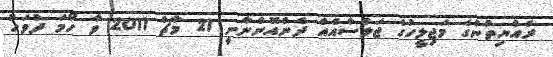
ރައްޔިތުންގެ މަޖިލީހުގެ ޖަލްސާއެއް ދެންއޮންނާނީ 21 މާޗް 2011 ވާ ހޯމަ ދުވަހު